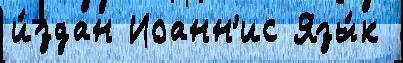
и́здан Иоанн'ис Язы́к